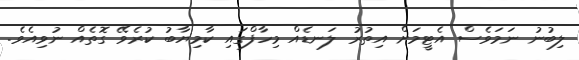
ލިބުނު ނަމަވެސް އެޓީމަށް އިތުރު ލަނޑެއް މިހާފްގައި ކާމިޔާބު ކުރެވޭ ގޮތެއް ނުވިއެވެ.